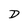
Character: D